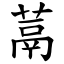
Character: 蒚